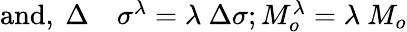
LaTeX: \begin{array}{rl}{\textnormal{and},~\Delta}&{{}\sigma^{\lambda}=\lambda~\Delta\sigma;M_{o}^{\lambda}=\lambda~M_{o}}\end{array}